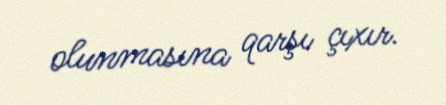
olunmasına qarşı çıxır.